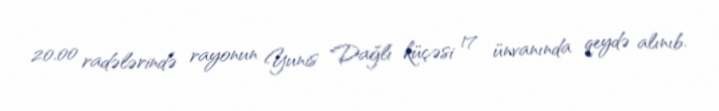
20.00 radələrində rayonun Yunis Dağlı küçəsi 17 ünvanında qeydə alınıb.